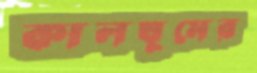
কালঘুমের